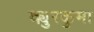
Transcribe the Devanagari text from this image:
क्युरकुमा